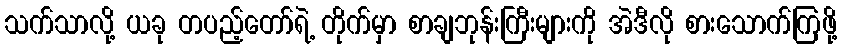
သက်သာလို့ ယခု တပည့်တော်ရဲ့ တိုက်မှာ စာချဘုန်းကြီးများကို အဲဒီလို စားသောက်ကြဖို့